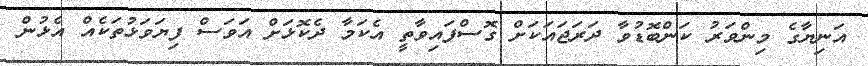
އަނިޔާގެ މިންވަރު ކަންބޮޑުވާ ދަރަޖައަކަށް ގޮސްފައިވާތީ އެކަމާ ދެކޮޅަށް އަވަސް ފިޔަވަޅުތަކެއް އެޅުން